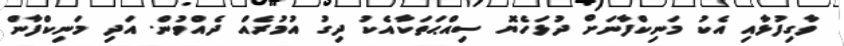
ވާގިފުޅާއި އެކު މަނިކްފާނަށް ދުޅަހެޔޮ ސިއްޙަތަކާއެކު ދިގު އުމުރެއް ދެއްވުން. އަދި މަނިކްފާން